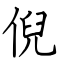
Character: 倪